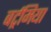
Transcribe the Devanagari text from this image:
बर्ट्रमिया